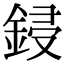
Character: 鋟